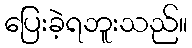
ပြေးခဲ့ရဘူးသည်။